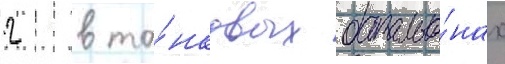
2 в та́нковых батальо́нах